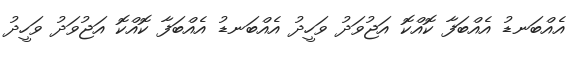
އެއްބަނޑު އެއްބަފާ ކޮއްކޮ އަޖުވަދު ވަހީދު އެއްބަނޑު އެއްބަފާ ކޮއްކޮ އަޖުވަދު ވަހީދު